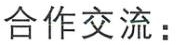
合作交流：